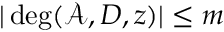
| \deg ( \mathcal { A } , D , z ) | \le m